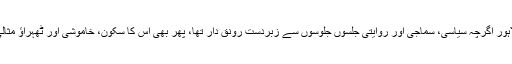
تب لاہور اگرچہ سیاسی، سماجی اور روایتی جلسوں جلوسوں سے زبردست رونق دار تھا، پھر بھی اس کا سکون، خاموشی اور ٹھہراؤ مثالی تھا۔